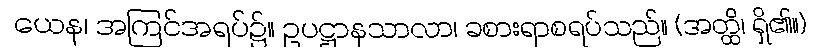
ယေန၊ အကြင်အရပ်၌။ ဥပဋ္ဌာနသာလာ၊ ခစားရာစရပ်သည်။ (အတ္ထိ၊ ရှိ၏။)